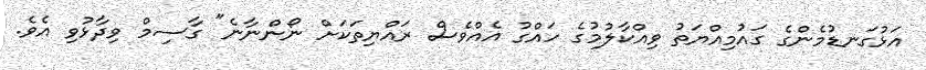
އަޅުގަނޑުމެންގެ ގައުމިއްޔަތު ވިއްކާލުމުގެ ހައްގު އެއްވެސް ރައްޔިތަކަށް ނޯންނާނެ" ގާސިމް ވިދާޅުވި އެވެ.